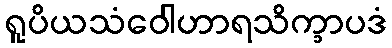
ရူပိယသံဝေါဟာရသိက္ခာပဒံ